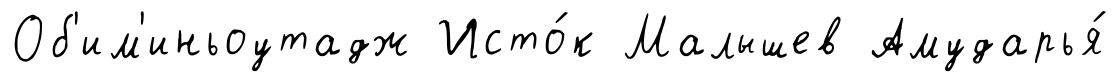
Об'им'иньоутадж Исто́к Малышев Амударья́